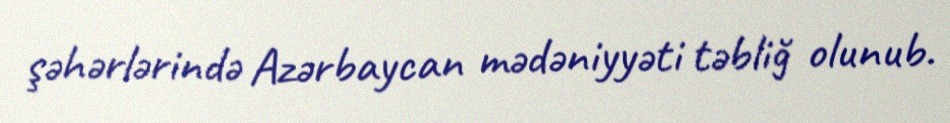
şəhərlərində Azərbaycan mədəniyyəti təbliğ olunub.